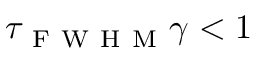
\tau _ { \mathrm { ~ F ~ W ~ H ~ M ~ } } \gamma < 1